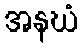
အနဃံ